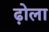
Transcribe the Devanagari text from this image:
ढ़ोला